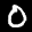
Label: 0